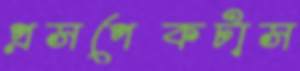
প্রসপেকটাস